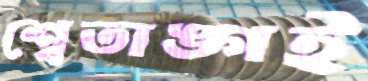
শ্বেতাঙ্গই